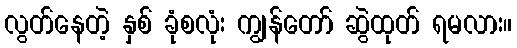
လွတ်နေတဲ့ နှစ် ခုံစလုံး ကျွန်တော် ဆွဲထုတ် ရမလား။